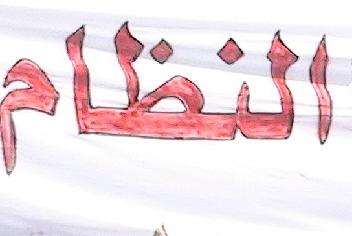
لنظا